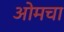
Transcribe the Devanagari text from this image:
ओमचा